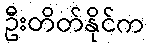
ဦးတိတ်နိုင်က